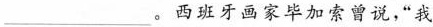
___。西班牙画家毕加索曾说，‘我